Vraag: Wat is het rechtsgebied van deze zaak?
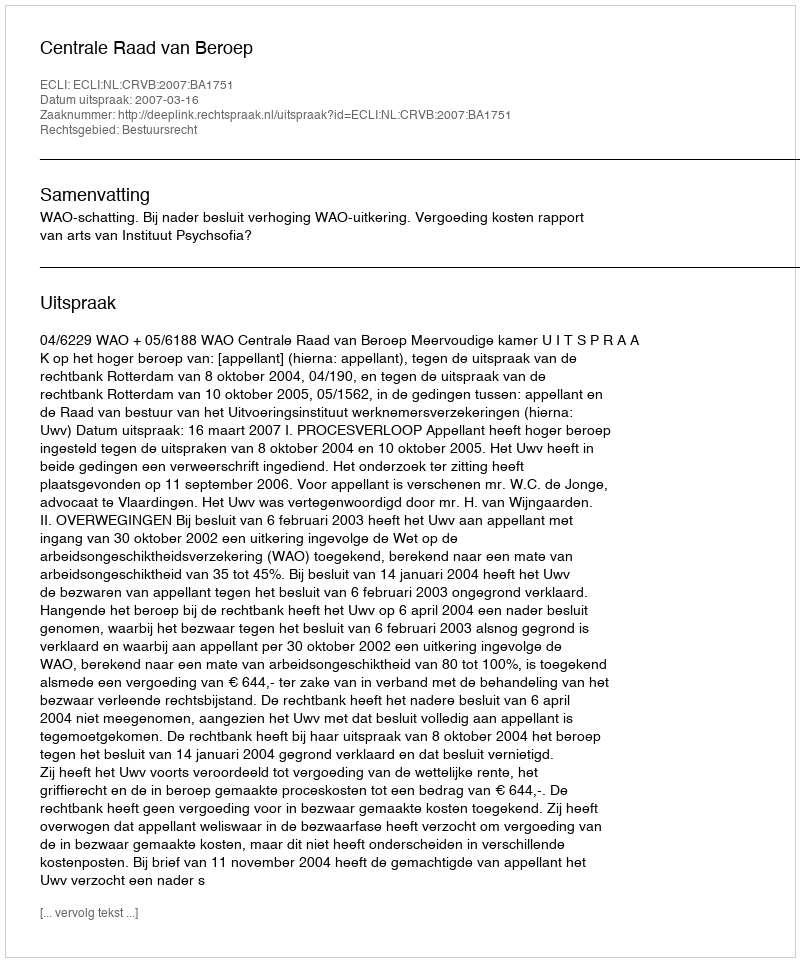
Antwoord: Bestuursrecht